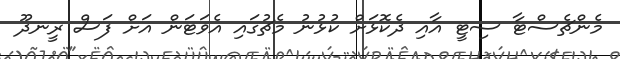
މެންޗެސްޓާ ސިޓީ އާއި ދެކޮޅަށް ކުޅުނު މެޗުގައި އެވަޓަން އަށް ފަސް ރީނދޫ